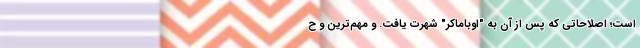
است؛ اصلاحاتی که پس از آن به "اوباماکر" شهرت یافت. و مهم‌ترین و ح